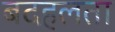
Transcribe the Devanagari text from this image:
बदहलता